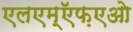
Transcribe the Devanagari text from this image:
एलएम्ऍफ़एओ